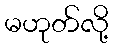
မဟုတ်လို့